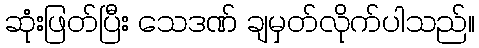
ဆုံးဖြတ်ပြီး သေဒဏ် ချမှတ်လိုက်ပါသည်။